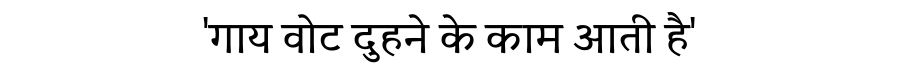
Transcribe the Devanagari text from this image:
'गाय वोट दुहने के काम आती है'